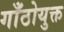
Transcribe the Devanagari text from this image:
गाँठोयुक्त